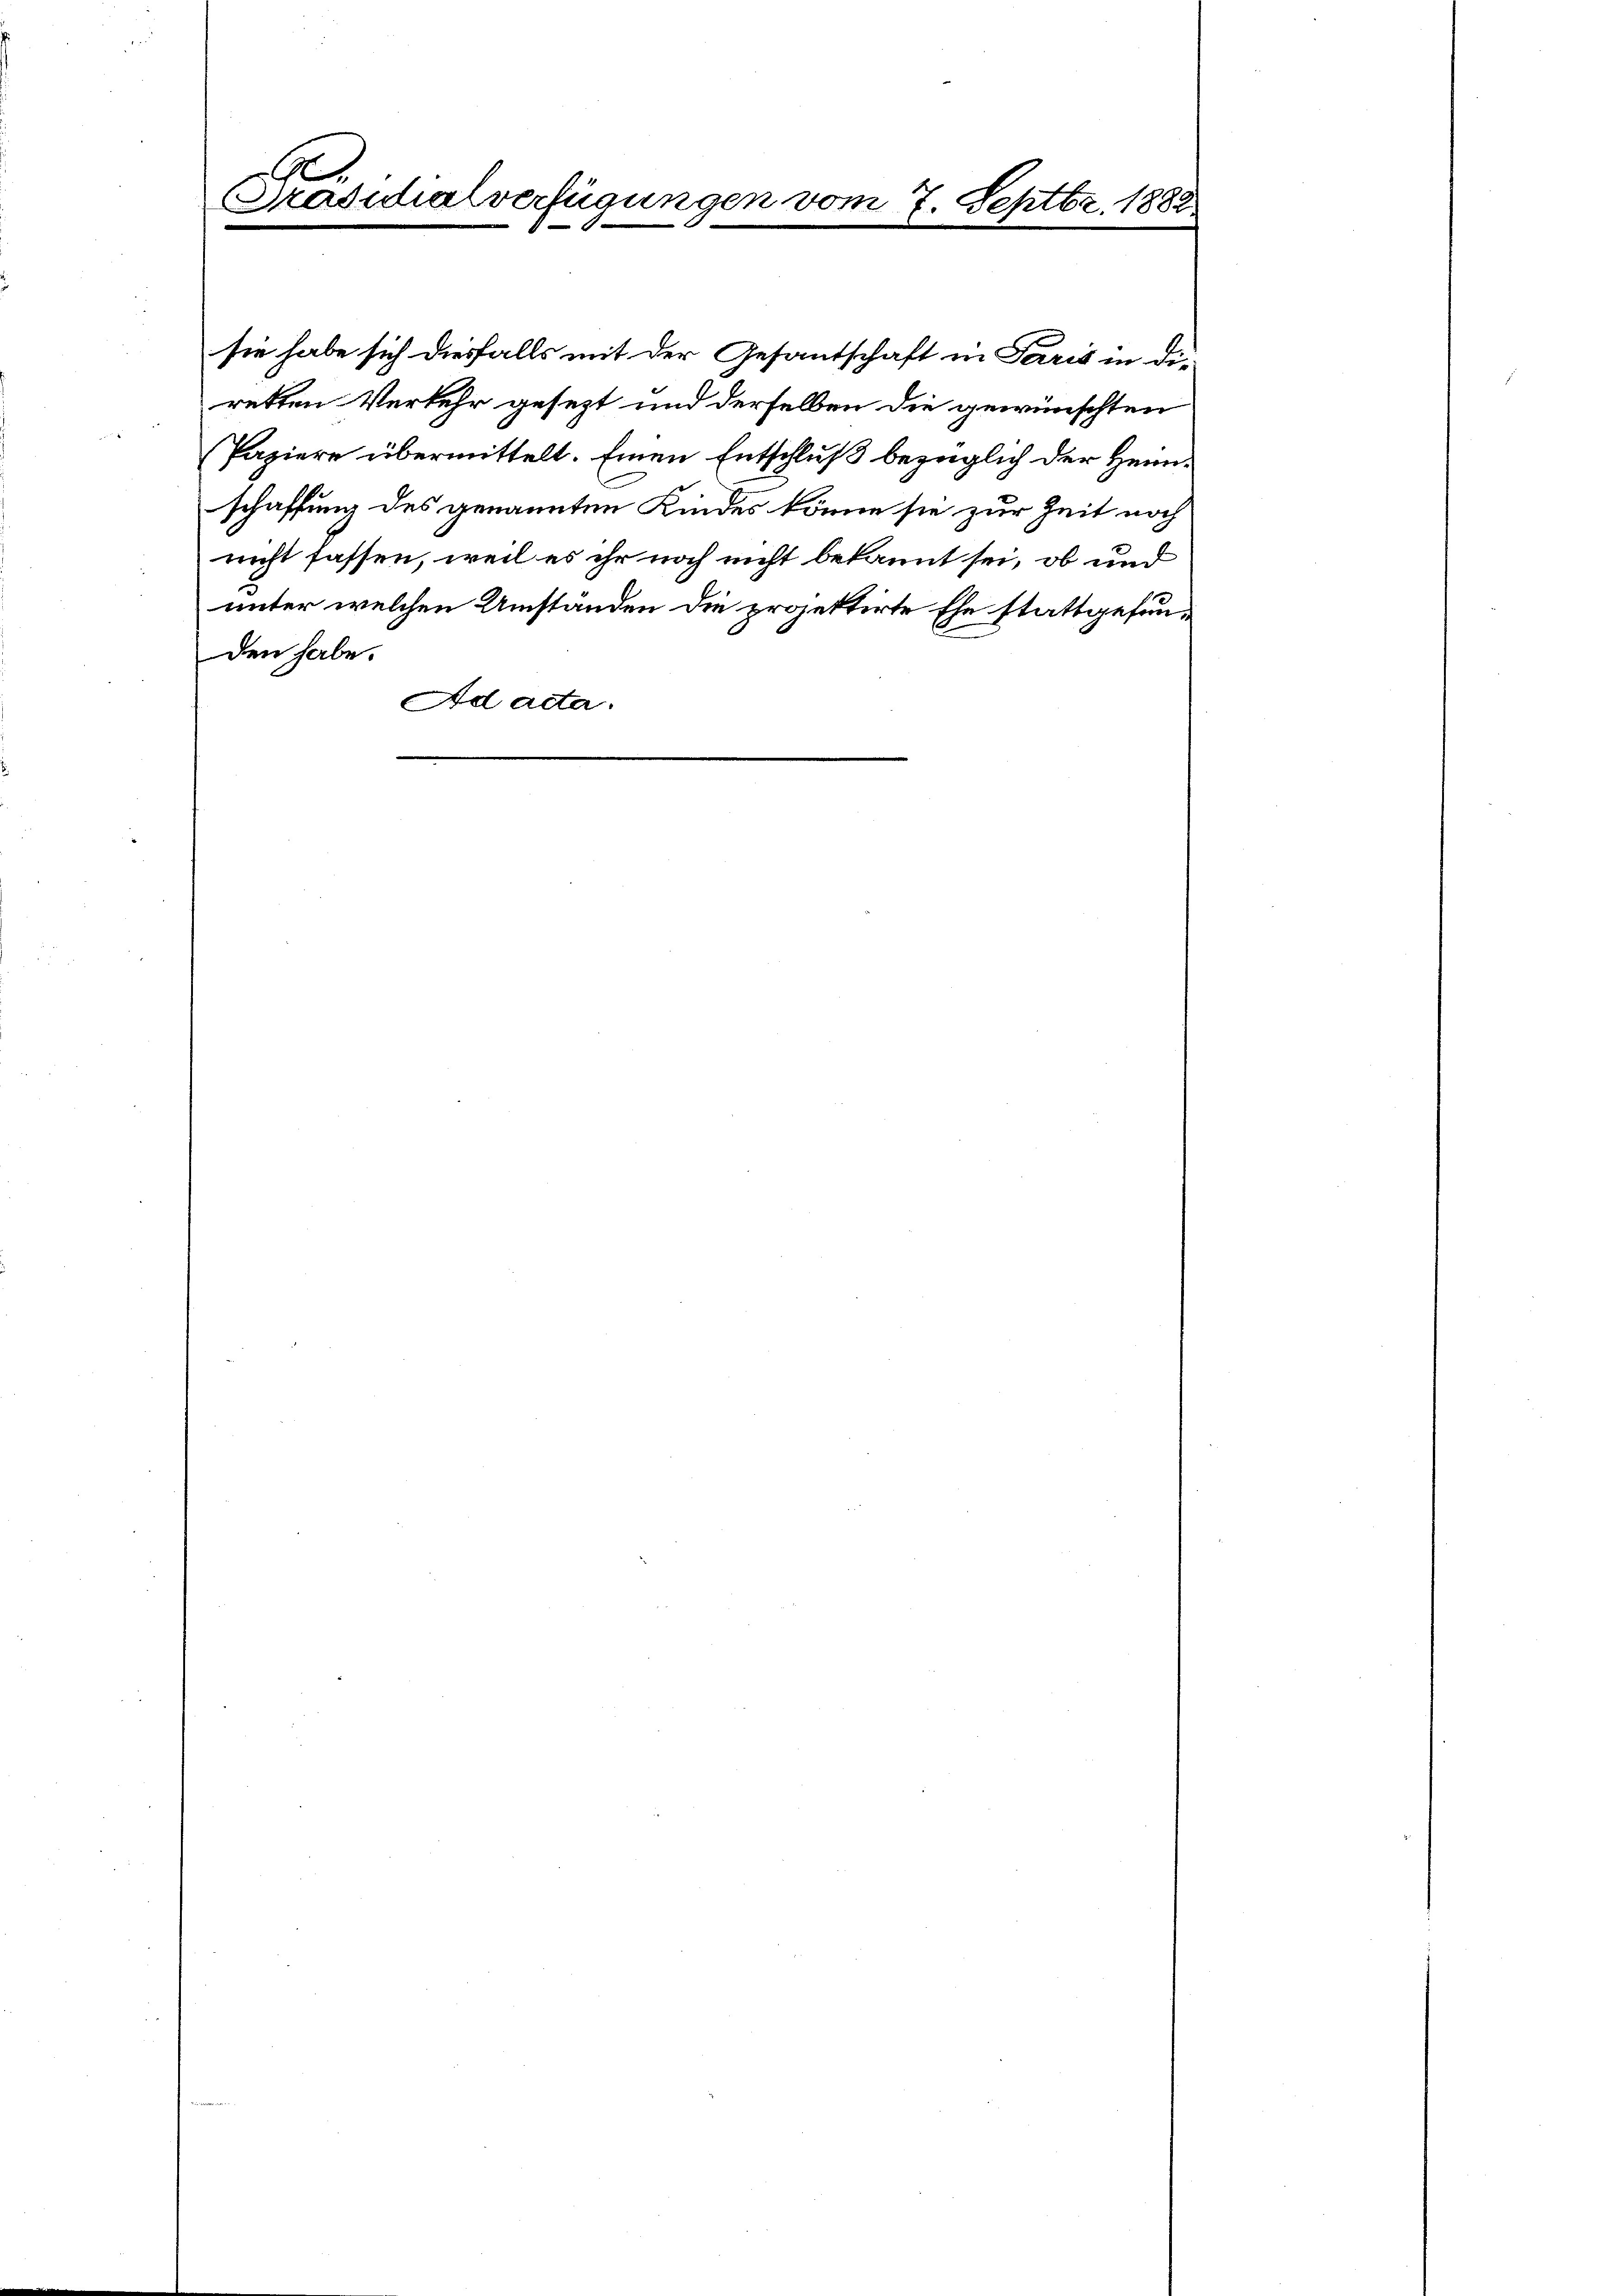
A
Präsidialverfügungen vom 7. Septbr. 1882

sie habe sich diesfalls mit der Gesantschaft in Paris in die
retten Verkehr gesezt und derselben die gewünschten
Papiere übermittelt. Einen Entschluß bezüglich der Heimschaffung des genannten Kindes könne sie zur Zeit noch
nicht fassen, weil es ihr noch nicht bekannt sei, ob und
unter welchen Umständen die projektirte Ehe stattgefunden habe.
Ad acta.